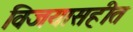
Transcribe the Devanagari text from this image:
विजयासहीत